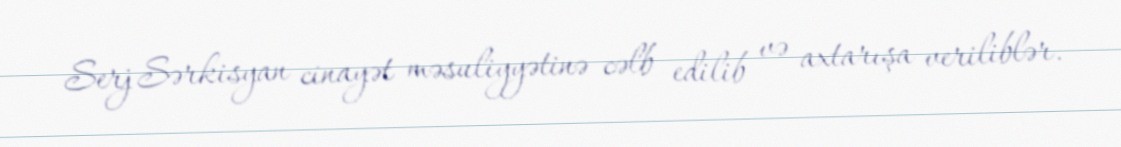
Serj Sərkisyan cinayət məsuliyyətinə cəlb edilib və axtarışa veriliblər.